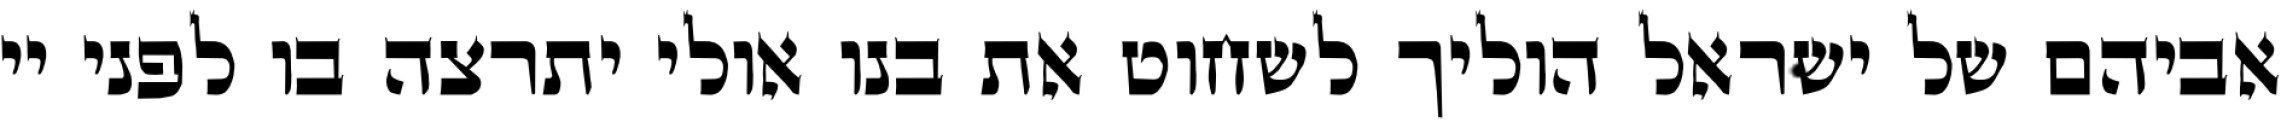
אביהם של ישראל הוליך לשחוט את בנו אולי יתרצה בו לפני יי